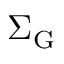
\Sigma _ { \mathrm { G } }